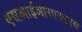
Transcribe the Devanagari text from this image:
एसआईआरएनएएस